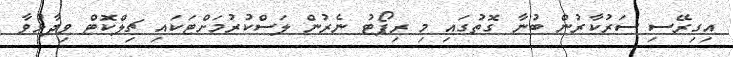
އިގިރޭސި ސަރުކާރުން ބުނާ ގޮތުގައި މި ރިޕޯޓު ނެރުން ލަސްކުރުމަށްޓަކައި ޗިލްކޮޓް ވިދާޅުވާ